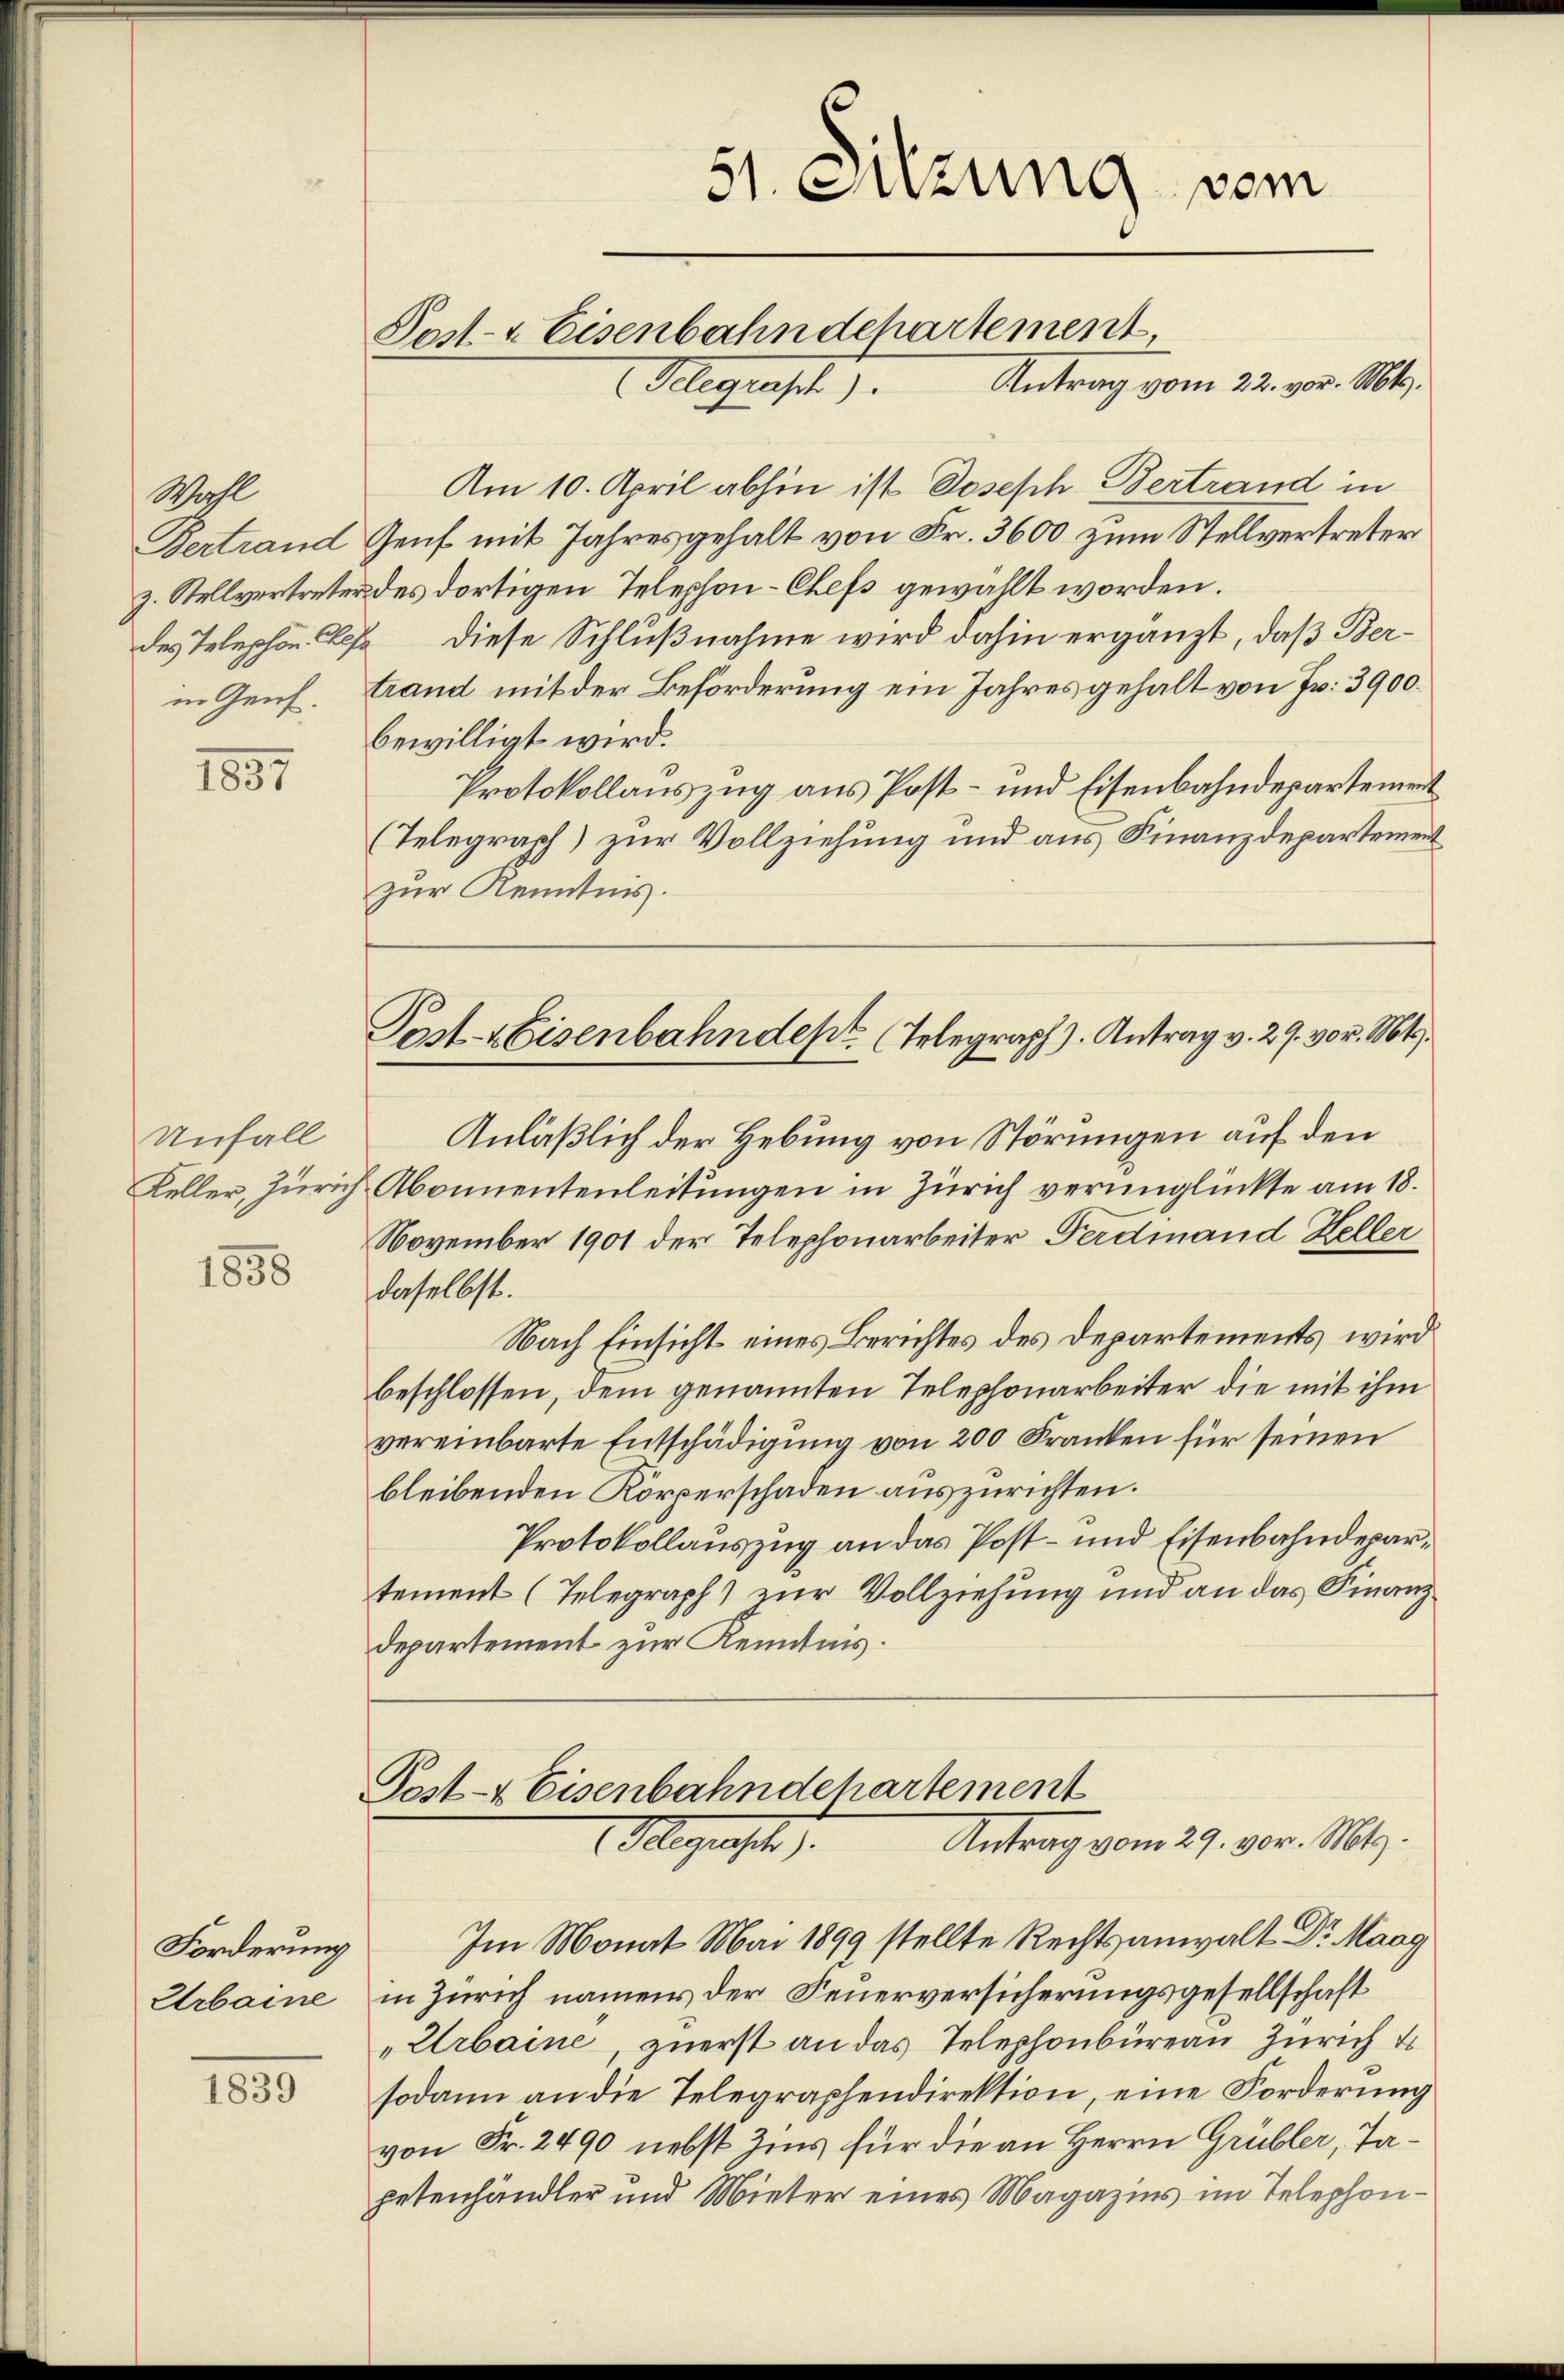
Wahl

1857

Unfall

1858

Forderung
Urbaine

1859

51. Sitzung vom
Post- & Eisenbahndepartement,
Flegensch. J. Antrag vom 22. vor. Mts.

(Telegraph) zur Vollziehung und aus Finanzdepartement
zur Kenntnis.

Am 10. April abhin ist Joseph Bertrand in
Vertrand Genf mit Jahresgehalt von Fr. 3600 zum Stellvertreter
z. Stellvertreter des dortigen Telephon-Chefs gewählt worden.
des Telephon. Les diese Schlußnahme wird dahin ergänzt, daß Berin Genf. trand mit der Beförderung ein Jahres gehalt von Fr. 3900.
bewilligt wird.
Protokollauszug aus Post- und Eisenbahndepartement
Anläßlich der Hebung von Störungen auf den
Keller, Zürich Abonnentenleitungen in Zürich verunglückte am 18.
November 1901 der Telephonarbeiter Ferdinand Keller
daselbst.
Nach Einsicht eines Berichtes des Departements wird
beschlossen, dem genannten Telephonarbeiter die mit ihm
vereinbarte Entschädigung von 200 Franken für seinen
bleibenden Körperschaden auszurichten.
Protokollauszug an das Post- und Eisenbahndepartement (Telegraph) zur Vollziehung und an das Finanzdepartement zur Kenntnis.
Post- & Eisenbahndehartement
Antrag vom 29. vor. Mts.
 gunst
Im Monat Mai 1899 stellte Rechtsanwalt Dr. Maag
in Zürich namens der Feuerversicherungsgesellschaft
„Urbaine, zuerst an das Telephonbüreau Zürich d
sodann an die Telegraphendirektion, eine Forderung
von Fr. 2490 nebst Zins für die an Herrn Grübler, Tapetenhändler und Mieter eines Magazins im Telephon¬

Post- & Eisenbahndept. Telegraph). Antrag v. 29. vor. Mts.